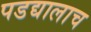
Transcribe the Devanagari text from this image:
पडद्यालाच